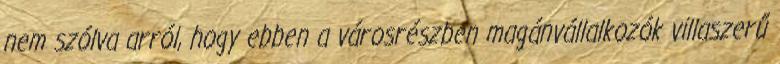
nem szólva arról, hogy ebben a városrészben magánvállalkozók villaszerű